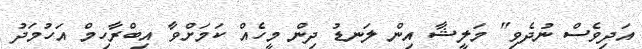
އަދިވެސް ނުދެވި" މަލީޝާ އިން ލަނޑު ދިން މީހެއް ކަމަށްވާ އިބްރާހިމް އަހުމަދު